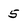
Character: 5